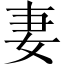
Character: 妻